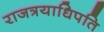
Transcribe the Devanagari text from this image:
राजत्रयाधिपति